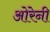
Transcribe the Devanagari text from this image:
ओरेनी